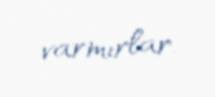
varmırlar.